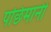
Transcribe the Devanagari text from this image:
पछिमानी